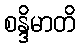
စန္ဒိမာတိ